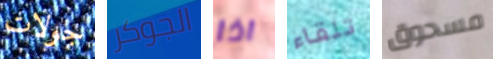
جولات الجوكر اذا تلقاء مسحوق